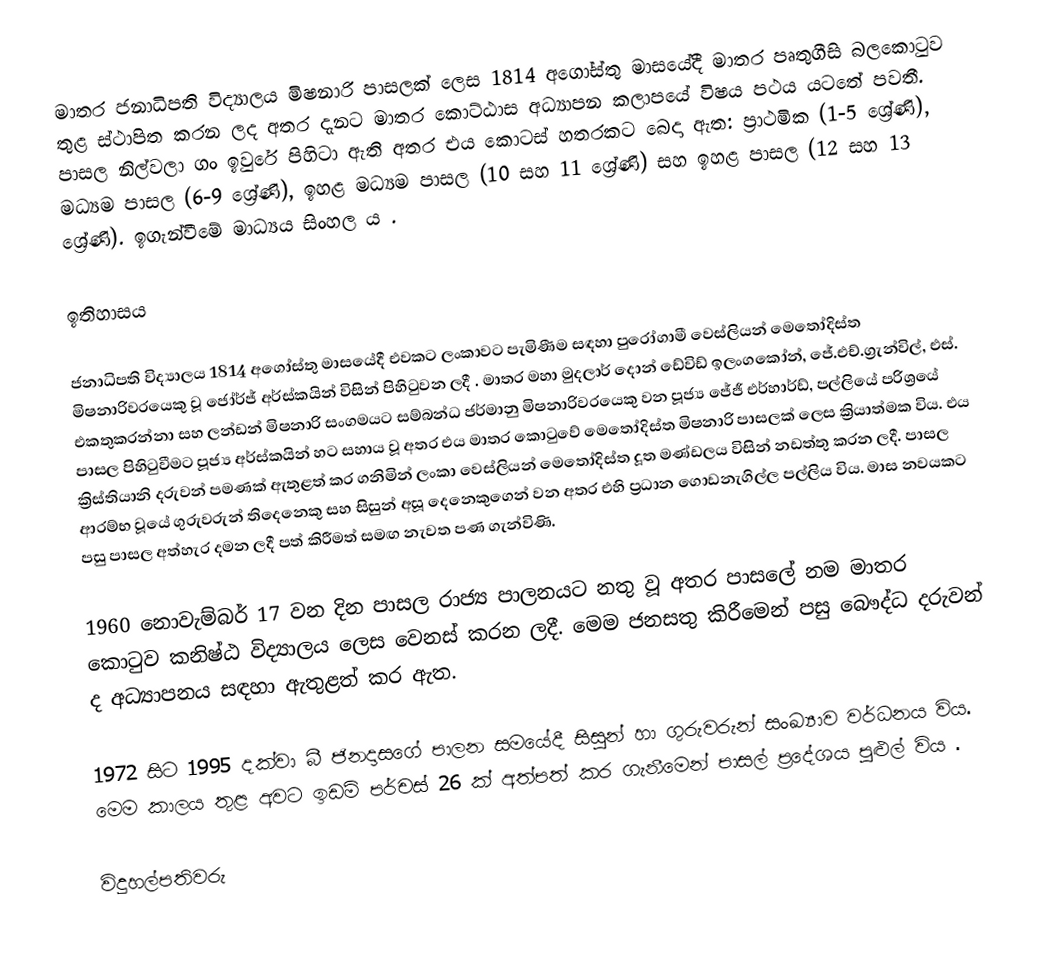
මාතර ජනාධිපති විද්‍යාලය මිෂනාරි පාසලක් ලෙස 1814 අගෝස්තු මාසයේදී මාතර පෘතුගීසි බලකොටුව තුළ ස්ථාපිත කරන ලද අතර දැනට මාතර කොට්ඨාස අධ්‍යාපන කලාපයේ විෂය පථය යටතේ පවතී.  පාසල නිල්වලා ගං ඉවුරේ පිහිටා ඇති අතර එය කොටස් හතරකට බෙදා ඇත: ප්‍රාථමික (1-5 ශ්‍රේණි), මධ්‍යම පාසල (6-9 ශ්‍රේණි), ඉහළ මධ්‍යම පාසල (10 සහ 11 ශ්‍රේණි) සහ ඉහළ පාසල (12 සහ 13 ශ්‍රේණි). ඉගැන්වීමේ මාධ්‍යය සිංහල ය .

ඉතිහාසය

ජනාධිපති විද්‍යාලය 1814 අගෝස්තු මාසයේදී එවකට ලංකාවට පැමිණීම සඳහා පුරෝගාමී වෙස්ලියන් මෙතෝදිස්ත මිෂනාරිවරයෙකු වූ ජෝර්ජ් අර්ස්කයින්  විසින් පිහිටුවන ලදී . මාතර මහා මුදලාර් දොන් ඩේවිඩ් ඉලංගකෝන්, ජේ.එච්.ග්‍රැන්විල්, එස්. එකතුකරන්නා සහ ලන්ඩන් මිෂනාරි සංගමයට සම්බන්ධ ජර්මානු මිෂනාරිවරයෙකු වන පූජ්‍ය ජේජී එර්හාර්ඩ්, පල්ලියේ පරිශ්‍රයේ පාසල පිහිටුවීමට පූජ්‍ය අර්ස්කයින් හට සහාය වූ අතර එය මාතර කොටුවේ මෙතෝදිස්ත මිෂනාරි පාසලක් ලෙස ක්‍රියාත්මක විය. එය ක්‍රිස්තියානි දරුවන් පමණක් ඇතුළත් කර ගනිමින් ලංකා වෙස්ලියන් මෙතෝදිස්ත දූත මණ්ඩලය විසින් නඩත්තු කරන ලදී. පාසල ආරම්භ වූයේ ගුරුවරුන් තිදෙනෙකු සහ සිසුන් අසූ දෙනෙකුගෙන් වන අතර එහි ප්‍රධාන ගොඩනැගිල්ල පල්ලිය විය. මාස නවයකට පසු පාසල අත්හැර දමන ලදී  පත් කිරීමත් සමඟ නැවත පණ ගැන්විණි.

1960 නොවැම්බර් 17 වන දින පාසල රාජ්‍ය පාලනයට නතු වූ අතර පාසලේ නම මාතර කොටුව කනිෂ්ඨ විද්‍යාලය ලෙස වෙනස් කරන ලදී. මෙම ජනසතු කිරීමෙන් පසු බෞද්ධ දරුවන් ද අධ්‍යාපනය සඳහා ඇතුළත් කර ඇත.

1972 සිට 1995 දක්වා බී ජිනදාසගේ පාලන සමයේදී සිසුන් හා ගුරුවරුන් සංඛ්‍යාව වර්ධනය විය. මෙම කාලය තුළ අවට ඉඩම් පර්චස් 26 ක් අත්පත් කර ගැනීමෙන් පාසල් ප්‍රදේශය පුළුල් විය .

විදුහල්පතිවරු